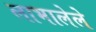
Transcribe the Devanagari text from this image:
लाभालेले